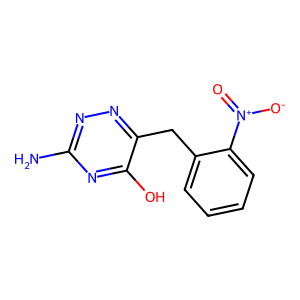
SMILES: Nc1nnc(Cc2ccccc2[N+](=O)[O-])c(O)n1
Inhibits HIV replication: No